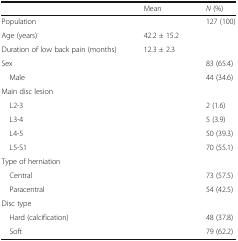
<table><thead><tr><td></td><td><b>Mean</b></td><td><b><i>N</i> (%)</b></td></tr></thead><tbody><tr><td>Population</td><td></td><td>127 (100)</td></tr><tr><td>Age (years)</td><td>42.2 ± 15.2</td><td></td></tr><tr><td>Duration of low back pain (months)</td><td>12.3 ± 2.3</td><td></td></tr><tr><td>Sex</td><td></td><td>83 (65.4)</td></tr><tr><td> Male</td><td></td><td>44 (34.6)</td></tr><tr><td>Main disc lesion</td><td></td><td></td></tr><tr><td> L2-3</td><td></td><td>2 (1.6)</td></tr><tr><td> L3-4</td><td></td><td>5 (3.9)</td></tr><tr><td> L4-5</td><td></td><td>50 (39.3)</td></tr><tr><td> L5-S1</td><td></td><td>70 (55.1)</td></tr><tr><td>Type of herniation</td><td></td><td></td></tr><tr><td> Central</td><td></td><td>73 (57.5)</td></tr><tr><td> Paracentral</td><td></td><td>54 (42.5)</td></tr><tr><td>Disc type</td><td></td><td></td></tr><tr><td> Hard (calcification)</td><td></td><td>48 (37.8)</td></tr><tr><td> Soft</td><td></td><td>79 (62.2)</td></tr></tbody></table>